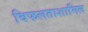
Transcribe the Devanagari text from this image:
विफलताशामिल